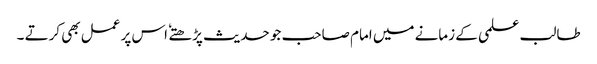
طالب علمی کے زمانے میں امام صاحب جو حدیث پڑھتے ٗ اس پر عمل بھی کرتے ۔